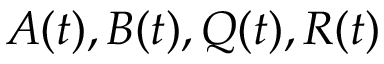
{ \mathbf { } } A ( t ) , B ( t ) , Q ( t ) , R ( t )